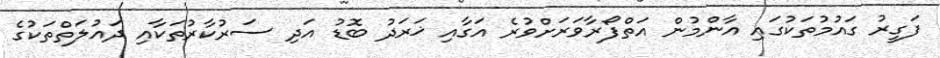
ފަގީރު ގައުމުތަކުގައި އާންމުން އަތްފޯރާވަރަށްވުރެ އަގާއި ޚަރަދު ބޮޑު އަދި ސަރުކާރުތަކާއި ދައުލަތްތަކުގެ